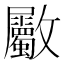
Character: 𣀼